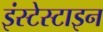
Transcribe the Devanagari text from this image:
इंस्टेस्टाइन